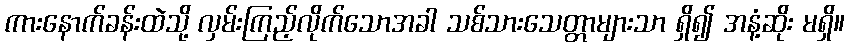
ကားနောက်ခန်းထဲသို့ လှမ်းကြည့်လိုက်သောအခါ သစ်သားသေတ္တာများသာ ရှိ၍ အနံ့ဆိုး မရှိ။